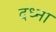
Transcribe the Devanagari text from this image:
दध्ना